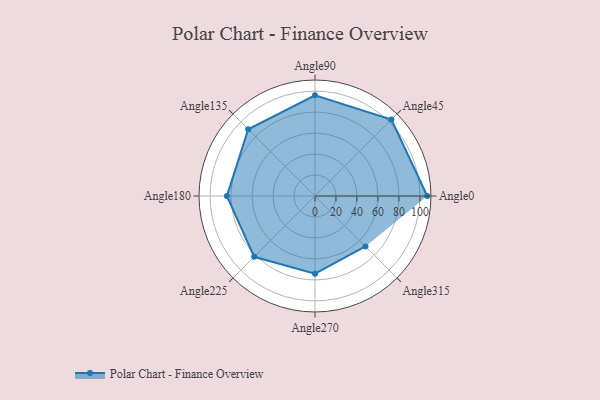
{"axis": {"x": "Angle", "y": "Radius"}, "legend": [""], "data": [{"x": "Angle0", "y": 107.0, "type": ""}, {"x": "Angle45", "y": 103.0, "type": ""}, {"x": "Angle90", "y": 96.0, "type": ""}, {"x": "Angle135", "y": 90.0, "type": ""}, {"x": "Angle180", "y": 84.0, "type": ""}, {"x": "Angle225", "y": 82.0, "type": ""}, {"x": "Angle270", "y": 74.0, "type": ""}, {"x": "Angle315", "y": 68.0, "type": ""}]}